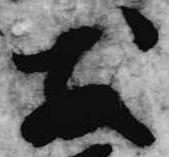
散